Medical and sanitary report of the native army of Bengal for the year
Year: 1877
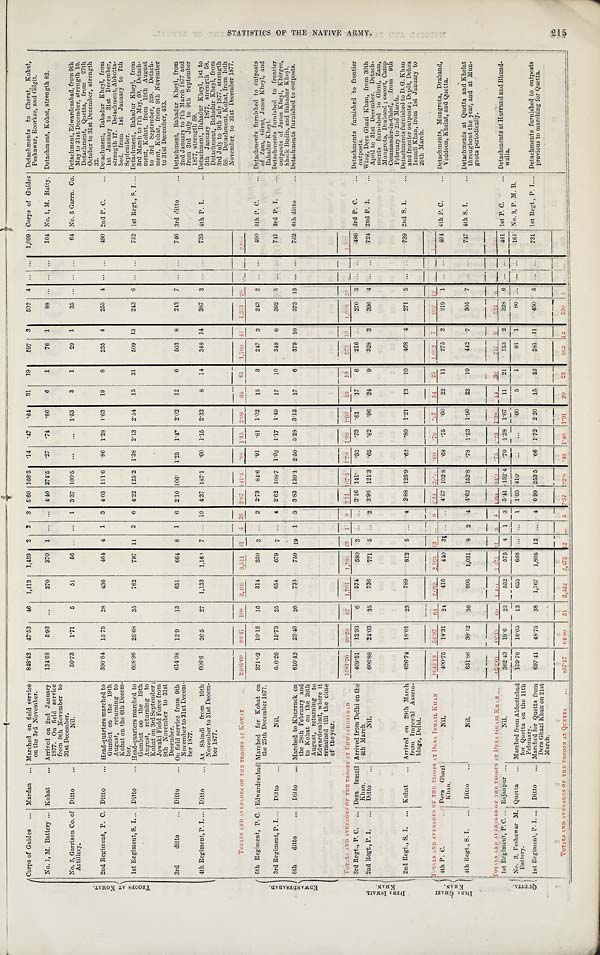
Corps of Guides ... Mardan ... Marched on field service
on the 3rd November.
848.42 47.53 46 1,413 1,459 2 2 3
5 . 6 0 166.5
. 1 4
. 4 7
. 6 4 31 19 597 3 502 4 . . . . . . 1,099 Corps of Guides Detachments to Cherat, Kohat,
Peshawar, Roorkee, and Gilgit.
No. 1, M. Battery ... Kohat ... Arrived on 2nd January
1877. On field service
from 9th November to
31st December.
134.68 5.93 ...
370 370 1 . . . . . . 4.40 274.5
. 2 7
. 7 4
. 6 6
6 1
76 1
88 . . . . . . . . . 164 No. 1, M. Batty. Detachment, Kohat, strength 82.
No. 5, Garrison Co. of
Artillery.
Ditto ...
Nil.
50.73 1.71 5
51
56
. . . . . . 1 3.37 100.5 . . .
. . . 1.53 3 1
29 1
35 . . . . . . . . . 64 No. 5 Garrn. Co. Detachment, Edwardesabad, from 9th
May to 31st December, strength 10.
Detachment, Quetta, from 27th
October to 31st December, strength 32.
2nd Regiment, P. C. Ditto ... Head-quarters marched to
Gumbut on the 19th
August, returning to
Kohat on the 6th Decem-
ber.
390.64 15.75 28 436 464 4 1 3 4.03 111.6
. 8 6 1.28 1.63 19
8
235 4 255 4 . . . . . . 490 2nd P. C.
Detachment, Bahadur Kheyl, from
1st January to 31st December,
strength 17. Detachment, Abbotta-
bad, from 1st January to 7th
September.
1st Regiment, S. I.
D i t t o
Head-quarters marched to
Gumbut on the 19th
August, returning to
Kohat on 3rd September ;
Jowaki Field Force from
9th November to 31st
December.
608.96 25.68 35 762 797 11 2
6
4.22 125.2 1.38 2.13 2.54 15 31 509 13 243
6
. . .
. . .
752 1st Regt., S. I.... Detachment, Bahadur Kheyl, from
3rd March to 7th May, 60. Detach-
ment, Kohat, from 19th August
to 3rd September, 339. Detach-
ment, Kohat, from 9th November
to 31st December, 433.
3rd ditto
... Ditto ... On field service from 9th
November to 31st Decem-
ber 1877.
614.08 12.9
13 651 664 8 1 6 2.10 106.
1 . 2 5 1.47 2.02 12 6 503 8 243 7 . . . . . .
746 3rd ditto
... Detachment, Bahadur Kheyl, from
2nd January to 7th March 1877 and
from 3rd July to 9th September
1877, strength 59.
4th Regiment, P. I.... Ditto
At Shindi from 10th
November to 31st Decem-
ber 1877.
606.6 26.5
27 1,133 1,160
7 . . .
10 4.37 187.1
. 6 0 1.15 2.33 8 14
3 4 8
14 387 3
. . . . . .
735 4th P. I. ... Detachment, Bahadur Kheyl, 1st to
5th January 1877, strength 58.
Detachment, Bahadur Kheyl, from
3rd July to 9th July 1877, strength
59. Detachment, Kohat, from 10th
November to 31st December 1877.
S T A T I S T I C S O F T H E N A T I V E A R M Y . 2 1 5
TOTALS AND OF THE TROOPS AT KOHAT
2 1 0 5 . 6 8
8 8 . 1 7
1 0 8
3 , 4 0 3
3 , 5 1 1 3 1
4 2 6
3 . 6 7 1 4 1 . 4 . 8 8
1 . 4 5
2 . 0 8
6 3 6 1
1 , 7 0 0 4 1 1 , 2 5 1 2 0
. . . . . .
2 , 9 5 1
E D W A R D R S A B A D . 5th Regiment, P. C. Edwardesabad Marched for kohat on
the 25th December 1877.
3 7 1 . 0 2
10.16 16 314 330 3 . . . 2 2.73 84.6
. 9 1
. 8 1 1.02 15 3 247 3 243 2 . . . . . . 490 5th P. C. ... Detachments furnished to outposts
of Zam, Girni, Janee Kheyl, and
Bahadur Kheyl.
3rd Regiment, P. I. ...
D i t t o
N i l .
600.26 15.73 25 654 679 7 . . . 4 2.62 108.7 1.03 1.17 1.49 17 10 349 6 392 5 . . . . . . 741 3rd P. I.
D e t a c h m e n t s f u r n i s h e d t o f r o n t i e r o u t p o s t s o f J a n e e K h e y l , K h i r g e e , S h a i k B u d i n , a n d B a h a d u r K h e y l .
6th ditto
... Ditto ... Marched to Khurruck on
the 28th February and
to Kohat on the 26th
August, returning to
Edwardesabad, where it
remained till the close
of the year.
610.42 23.40 26 733 759 19 1
3
3.83 120.1 2.50 3.28 3.13 17 6 379 10 373 13
. . . . . .
752 6th ditto
... Detachments furnished to outposts.
TOTALS AND AVERAGES OF THE TROOPS AT EDWARDESABAD
1 5 8 1 . 7 0
4 9 . 2 9
6 7 1,701 1,768
2 9 1 9
3 . 1 1
1 0 7 . 5
1 . 7 0 1 . 8 9
1 . 9 8
4 9 1 9
9 7 5 1 9 1 , 0 0 8 2 0
. . . . . .
1 , 9 8 3
D R R A I S M A I L K H A N .
3rd Regt., P. C. ... Dera Ismai
l Khan. Arrived from Delhi on the 4th March. 409.51 12.93 6
5 7 4 580 3 . . . . . . 3.16 141.
. 5 2
. 7 3 . 6 1 17 6 216 . . . 270 3 . . . . . . 486 3rd P. C. ... Detachments furnished to frontier
outposts.
2nd Regt., P. I. ... Ditto ...
Nil.
606.88 24.03 35 736 771 5 . . . 2 3.96 121.3
. 6 5
. 8 2
. 9 6 24 9 328 3 396 4 . . . . . . 724 2nd P. I. Wing, Dera Ghazi Khan, from 30th
April to 31st December. Detach
-ments furnished to Girni, Zam,
Mungrota, Draband ; escort, Camp
Commander-in-Chief, from 9th
February to 2nd March.
2nd Regt., S. I. ... Kohat ... Arrived on 29th March
from Imperial Assem-
blage, Delhi.
626.74 18.01 23 789 812 5 . . . 4 2.88 125.9
. 6 2
. 8 0 1.21 13 10 468 4 271
5 . . . . . . 739 2nd S. I.
Detachments furnished to D. G. Khan
and frontier outposts; Depôt, Dehra
Ismail Khan, from 1st January to
29th March.
D E R A G H A Z I K H A N T O T A L S A N D A V E R A G E S O F T H E T R O O P S A T D E R A I S M A I L K H A N
1 6 4 3 . 1 3
5 4 . 9 7
6 4
2 , 0 9 9
2 , 1 6 3 1 3 . . . 6
3 . 3 4 2 7 . 7 . 6 0
. 7 9
. 9 7
5 4
2 5 1 , 0 1 2
7
9 3 7 12 . . . . . .
1 , 9 1 9
4th P. C.
D e r a G h a z i K h a n .
Nil.
400.75 18.31 24 416 440 31 . . . . . . 4.57 103.8
. 6 8
. 7 5
. 6 0 22 11 275 2 219 1 . . . . . . 494 4th P C.
Detachments, Mungrota, Draband, Veddoon, Khelat, and Quetta.
4th Regt., S. I. Ditto
Nil.
651.86 30.12 36 995 1,031 8 2 4
4 . 6 2 152.8
. 7 8 1.53 1.90 22 19 442 7 305 7 . . . . . . 747 4th S. I.
D e t a c h m e n t s a t Q u e t t a a n d K h e l a t t h r o u g h o u t t h e y e a r , a n d a t M u n - g r o t a p e r i o d i c a l l y .
Q U E T T A .
T O T A L S A N D A V E R A G E S O F T H E T R O O P S A T D E R A G H A Z I K H A N
0 5 2 . 6 1
1 8 . 1 3
6 0
1 , 4 1 1
1 , 4 7 1 1 1 2 4
4 . 6 0
3 4 . 1
. 7 5 1 . 2 3
1 . 3 8
4 4
3 0
7 1 7 9
5 2 4 8 . . . . . .
1 , 2 4 1
1st Regiment, P. C.... Rajanpur ...
N i l .
362.43 19.6
23 552 575 4 1 3 5.41 152.4
. 7 0 1.38 1.67 11 21 1 5 3
2 328 6 . . . . . . 481 1st P. C.
D e t a c h m e n t s a t H u r r u n d a n d B h u n d - w a l l a .
No. 3, Peshawar M.
Battery.
Quetta ... Marched from Abbottabad
for Quetta on the 11th
February.
159.76 16.05 13 655 668 . . . . . . . 1 1.05 410.
. . . . . .
. 6 0 5 1
81 1 80 . . . . . . . . .
1 6 1 No. 3, P. M. B.
1st Regiment, P. I. ... Ditto ... Marched for Quetta from
Dera Ghazi Khan on 21st
March.
697.41 48.75 38 1,767 1,805 12 . . . 4 6.99 253.5
. 6 6 1.72 2.20 15 22 281 11 450 5 . . . . . . 731 1st Regt., P. I. ...
Detachments furnished to outposts
previous to marching for Quetta.
T O T A L S A N D A V E R A G E S O F T H E T R O O P S A T Q U R T T A
8 5 7 . 1 7
6 4 . 8 0 5 1 2 , 4 7 3
1 2
1 2. . .
5 7 . 5 7
1 8 2 . 8 . 4 8
1 . 4 0
1 . 0 1
2 0
2 3
3 6 2 1 2
5 3 0 5 . . .
. . .
8 9 2